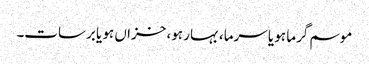
موسم گرما ہو یا سرما، بہار ہو، خزاں ہو یا برسات۔